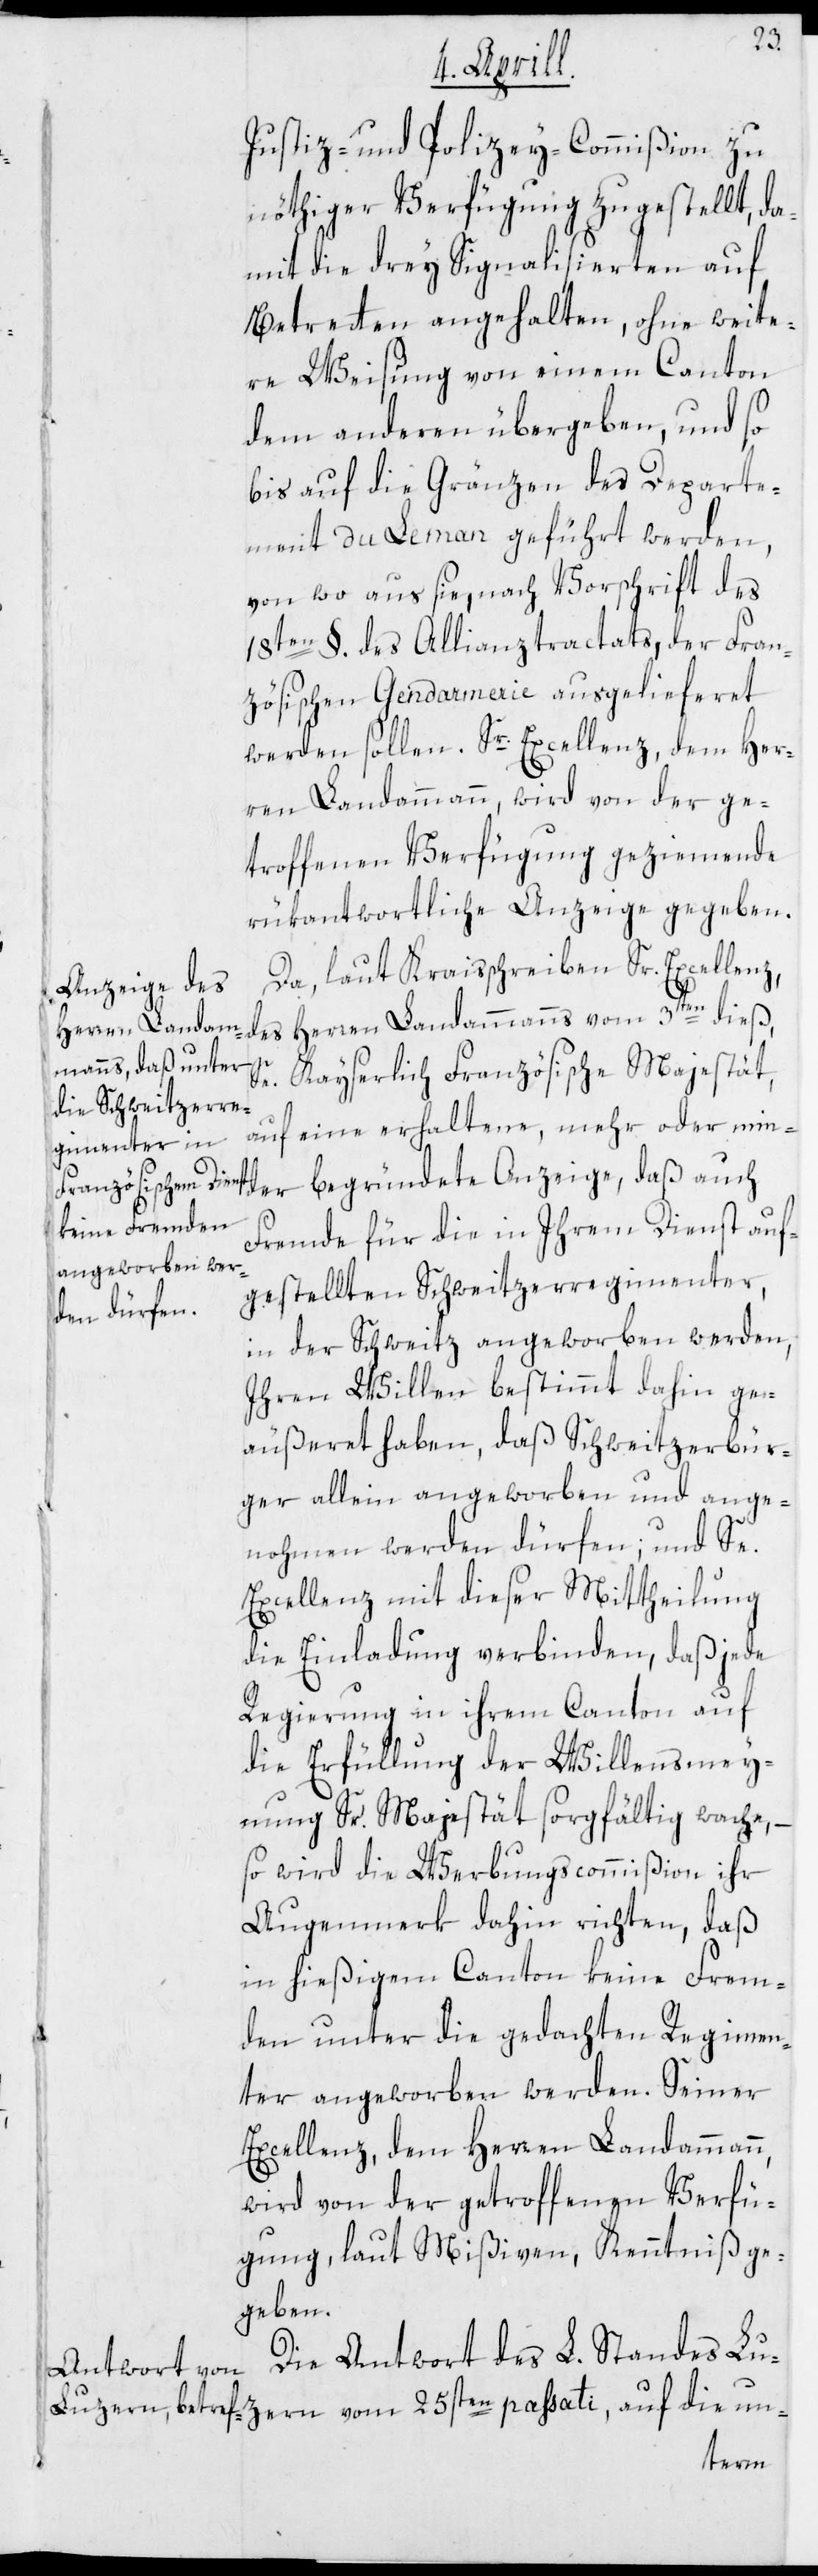
der
Justiz- und Polizey-Commißion zu
nöthiger Verfügung zugestellt, da¬
mit die drey Signalisierten auf
Betreten angehalten, ohne weite¬
re Weisung von einem Canton
dem anderen übergeben, und so
bis auf die Gränzen des Departe¬
ment du Leman geführt werden,
von wo aus sie, nach Vorschrift des
18ten §. des Allianztractats, der Fran¬
zösischen Gendarmerie ausgelieferet
werden sollen. Sr Excellenz, dem Her¬
ren Landammann, wird von der ge¬
troffenen Verfügung geziemende
rükantwortliche Anzeige gegeben.
Da, laut Kraisschreiben Sr. Excellenz,
Anzeige, daß
des Herren Landammanns vom 3ten dieß,
Se. Kayserlich Französische Majestät,
auf eine erhaltene, mehr oder min¬
Fremde für die in ihrem Dienst auf¬
gestellten Schweitzerregimenter,
in der Schweitz angeworben werden,
Ihren Willen bestimmt dahin ge¬
äußeret haben, daß Schweitzerbür¬
ger allein angeworben und ange¬
nohmen werden dürfen; und Se.
Excellenz mit dieser Mittheilung
die Einladung verbinden, daß jede
Regierung in ihrem Canton auf
die Erfüllung der Willensmey¬
nung Sr. Majestät sorgfältig wache, –
so wird die Werbungscommißion ihr
Augenmerk dahin richten, daß
in hießigem Canton keine Frem¬
den unter die gedachten Regimen¬
ter angeworben werden. Seiner
Excellenz, dem Herren Landammann,
wird von der getroffenen Verfü¬
gung, laut Mißiven, Kenntniß ge¬
geben.
Die Antwort des L. Standes Lu¬
zern vom 25sten passati, auf die un-